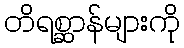
တိရစ္ဆာန်များကို